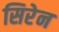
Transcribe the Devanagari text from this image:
सिरेन